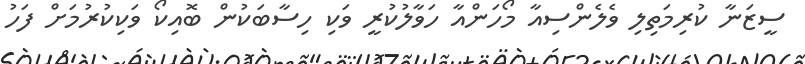
ސީޒަނާ ކުރިމަތިލި ވެލެންސިއާ މޯހަންއާ ހަވާލުކުރީ ވަކި ހިސާބަކުން ބޮއިކޯ ވަކިކުރުމަށް ފަހު